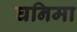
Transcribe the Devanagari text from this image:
घनिमा